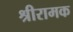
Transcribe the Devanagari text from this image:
श्रीरामक